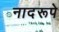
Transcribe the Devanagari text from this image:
नादरूपे